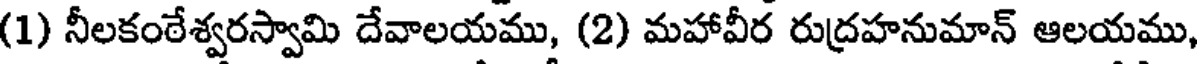
(1) నీలకంఠేశ్వరస్వామి దేవాలయము, (2) మహావీర రుద్రహనుమాన్ ఆలయము,